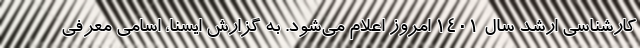
کارشناسی ارشد سال ۱۴۰۱ امروز اعلام می‌شود. به گزارش ایسنا، اسامی معرفی